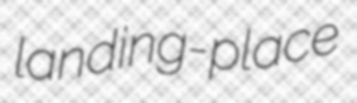
landing-place